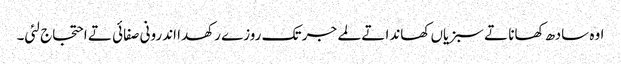
اوہ سادھ کھانا تے سبزیاں کھاندا تے لمے جر تک روزے رکھدا اندرونی صفائی تے احتجاج لئی۔